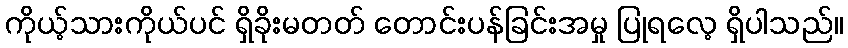
ကိုယ့်သားကိုယ်ပင် ရှိခိုးမတတ် တောင်းပန်ခြင်းအမှု ပြုရလေ့ ရှိပါသည်။